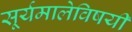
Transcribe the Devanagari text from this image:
सूर्यमालेविषयी